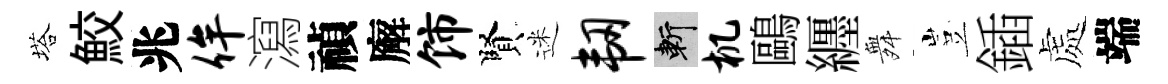
塔鮫兆侔瀉禎廨饰賢迷韧斬机鷗纒舞豈鍤處端